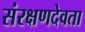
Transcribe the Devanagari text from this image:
संरक्षणदेवता